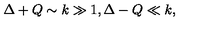
\Delta + Q \sim k \gg 1 , \Delta - Q \ll k ,